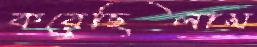
করেছিলাম